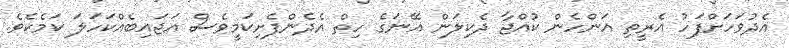
އެދުވަހަށްފަހު އެރީތި އަންހެން ކުއްޖާ ދެކިލަން އޭނަގެ ހިތް އެދެންފެށިކަމީވެސް އަޖައިބެއްކަހަލަ ކަމެކެވެ.